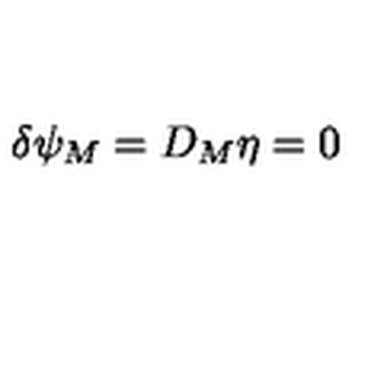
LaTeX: \delta \psi _ { M } = D _ { M } \eta = 0